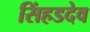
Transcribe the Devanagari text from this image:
सिंहडदेव